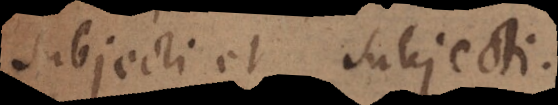
subjecti et subjecti.